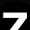
Digit: 7